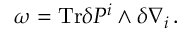
\omega = \mathrm { T r } \delta P ^ { i } \wedge \delta \nabla _ { i } \, .